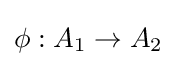
\phi :A_{1}\to A_{2}